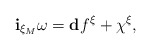
\begin{align*}\mathbf{i}_{\xi_M} \omega = \mathbf{d} f^ \xi + \chi^ \xi, \end{align*}